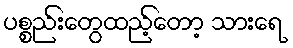
ပစ္စည်းတွေထည့်တော့ သားရေ